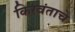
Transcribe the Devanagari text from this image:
किरवंताचे